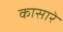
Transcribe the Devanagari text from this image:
कासारे